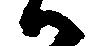
ハ